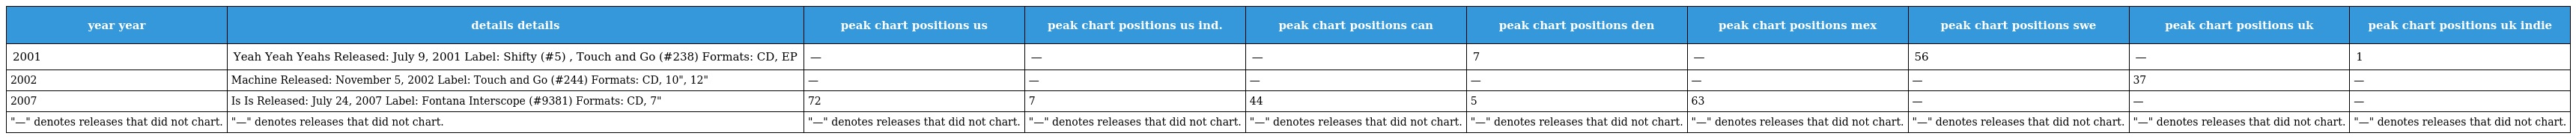
| year year | details details | peak chart positions us | peak chart positions us ind. | peak chart positions can | peak chart positions den | peak chart positions mex | peak chart positions swe | peak chart positions uk | peak chart positions uk indie |
 | --- | --- | --- | --- | --- | --- | --- | --- | --- | --- |
 | 2001 | Yeah Yeah Yeahs Released: July 9, 2001 Label: Shifty (#5) , Touch and Go (#238) Formats: CD, EP | — | — | — | 7 | — | 56 | — | 1 |
 | 2002 | Machine Released: November 5, 2002 Label: Touch and Go (#244) Formats: CD, 10", 12" | — | — | — | — | — | — | 37 | — |
 | 2007 | Is Is Released: July 24, 2007 Label: Fontana Interscope (#9381) Formats: CD, 7" | 72 | 7 | 44 | 5 | 63 | — | — | — |
 | "—" denotes releases that did not chart. | "—" denotes releases that did not chart. | "—" denotes releases that did not chart. | "—" denotes releases that did not chart. | "—" denotes releases that did not chart. | "—" denotes releases that did not chart. | "—" denotes releases that did not chart. | "—" denotes releases that did not chart. | "—" denotes releases that did not chart. | "—" denotes releases that did not chart. |